65_HS1-834228961_62-HQ-83894_Serial_153
Agency: FBI
Page 1
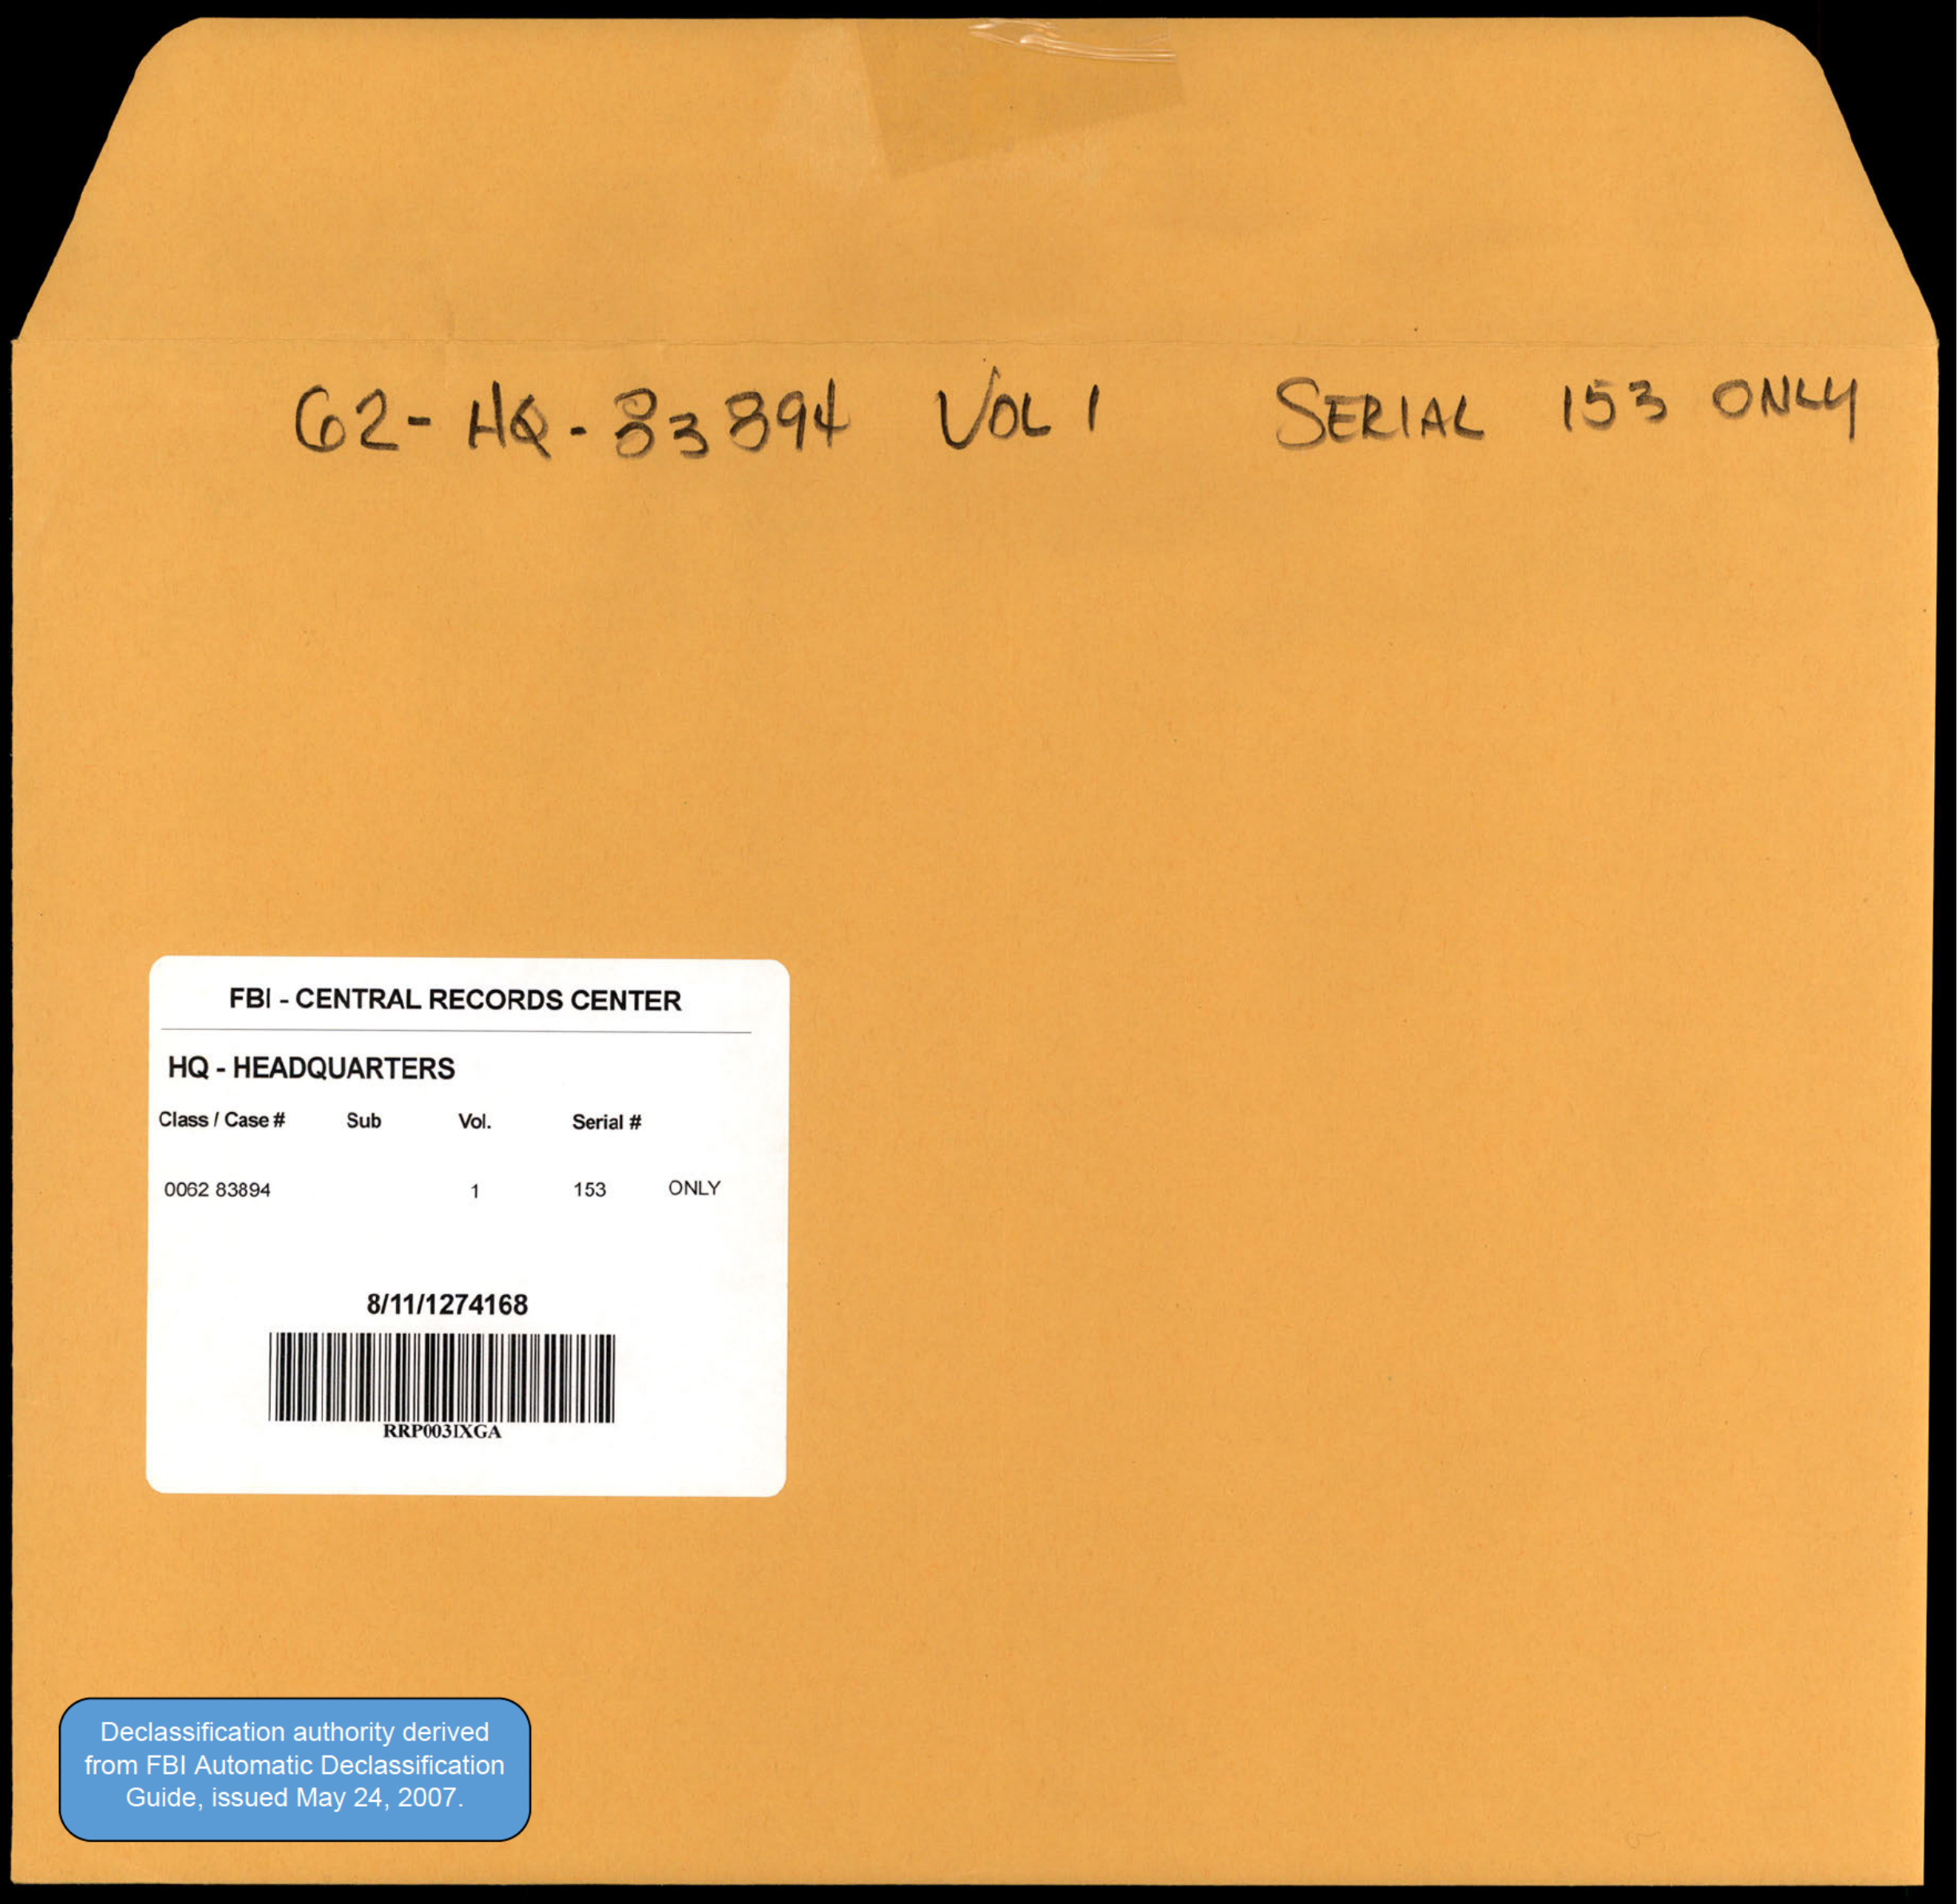